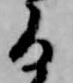
る